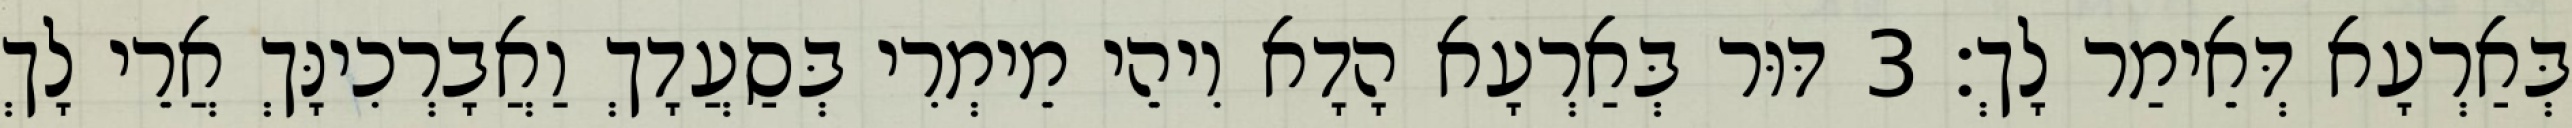
בְּאַרְעָא דְּאֵימַר לָךְ׃ 3 דּוּר בְּאַרְעָא הָדָא וִיהֵי מֵימְרִי בְּסַעֲדָךְ וַאֲבָרְכִינָּךְ אֲרֵי לָךְ